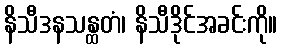
နိသီဒနသန္ထတံ၊ နိသီဒိုင်အခင်းကို။